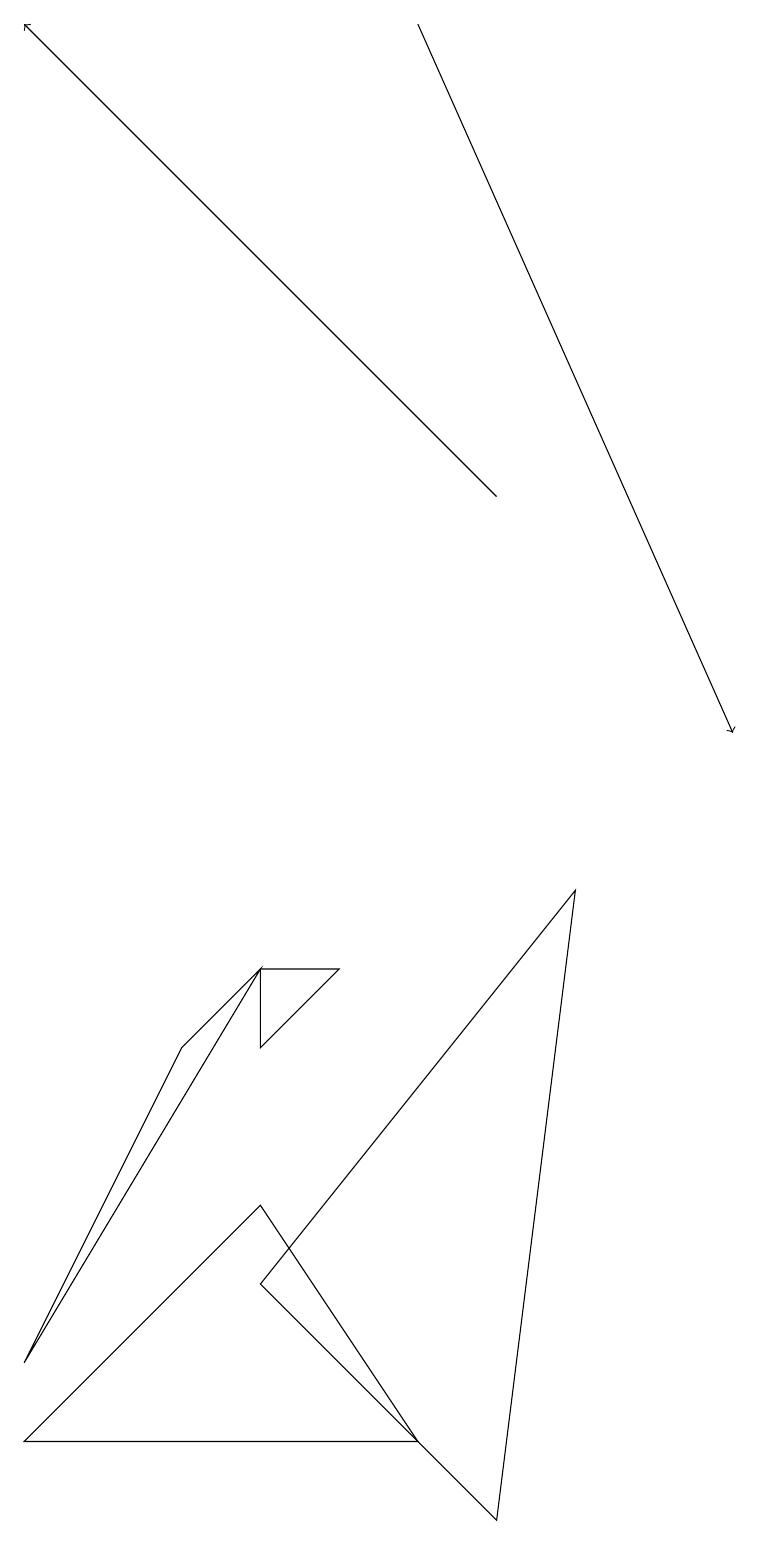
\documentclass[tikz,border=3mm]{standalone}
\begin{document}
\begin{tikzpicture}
\draw (7,8) -- (6,0) -- (3,3) -- cycle;
\draw (4,7) -- (3,6) -- (3,7) -- cycle;
\draw (3,4) -- (0,1) -- (5,1) -- cycle;
\draw[->] (5,19) -- (9,10);
\draw[->] (6,13) -- (0,19);
\draw (0,2) -- (3,7) -- (2,6) -- cycle;
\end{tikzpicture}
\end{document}